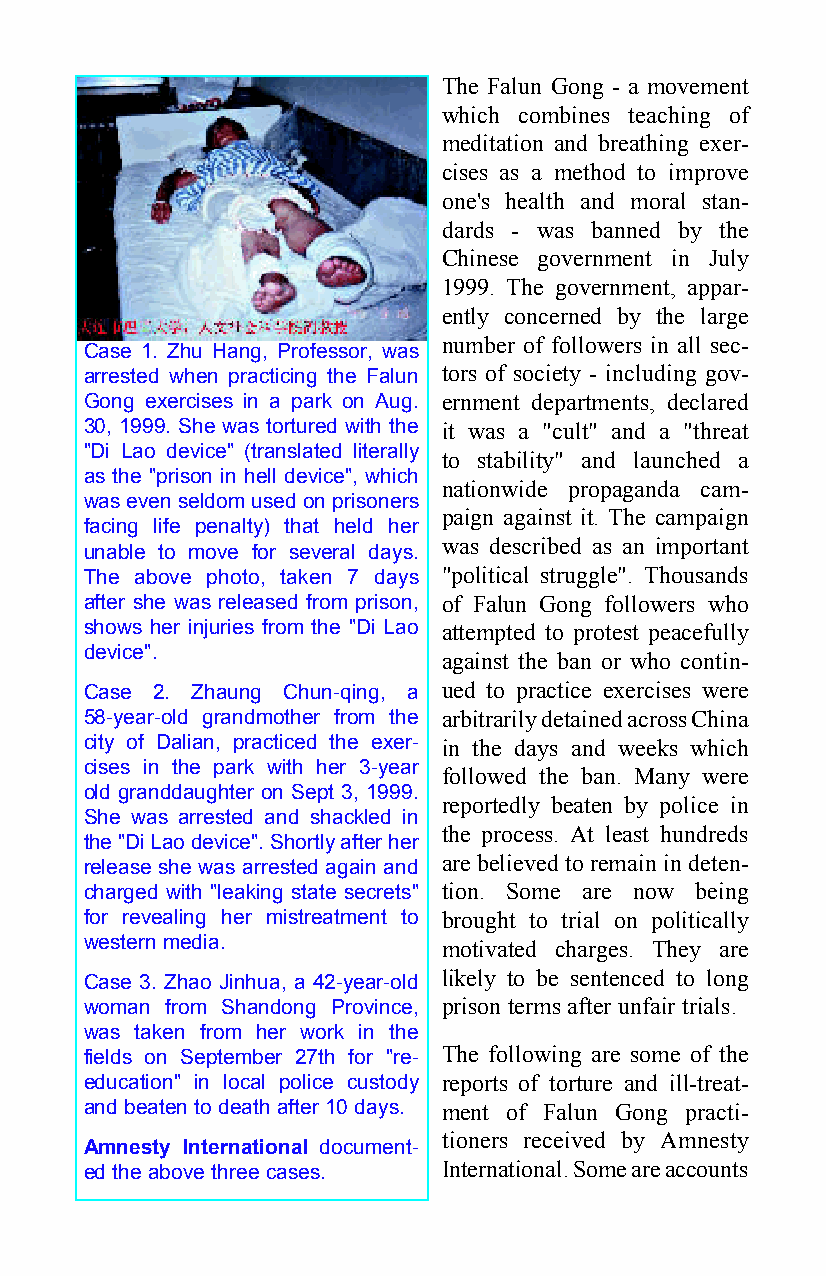
The Falun Gong - a movement
 which combines teaching of
 meditation and breathing exer-
 cises as a method to improve
 one's health and moral stan-
 dards - was banned by the
 Chinese government in July
 1999. The government, appar-
 ently concerned by the large
 number of followers in all sec-
 Case 1. Zhu Hang, Professor, was
 arrested when practicing the Falun tors of society - including gov-
 Gong exercises in a park on Aug. ernment departments, declared
 30, 1999. She was tortured with the it was a "cult" and a "threat
 "Di Lao device" (translated literally
 to stability" and launched a
 as the "prison in hell device", which
 nationwide propaganda cam-
 was even seldom used on prisoners
 paign against it. The campaign
 facing life penalty) that held her
 was described as an important
 unable to move for several days.
 The above photo, taken 7 days "political struggle". Thousands
 after she was released from prison, of Falun Gong followers who
 shows her injuries from the "Di Lao attempted to protest peacefully
 device".
 against the ban or who contin-
 Case 2. Zhaung Chun-qing, a ued to practice exercises were
 58-year-old grandmother from the arbitrarily detained across China
 city of Dalian, practiced the exer- in the days and weeks which
 cises in the park with her 3-year
 followed the ban. Many were
 old granddaughter on Sept 3, 1999.
 reportedly beaten by police in
 She was arrested and shackled in
 the process. At least hundreds
 the "Di Lao device". Shortly after her
 release she was arrested again and are believed to remain in deten-
 charged with "leaking state secrets" tion. Some are now being
 for revealing her mistreatment to brought to trial on politically
 western media.         motivated charges. They are
 Case 3. Zhao Jinhua, a 42-year-old likely to be sentenced to long
 woman from Shandong Province, prison terms after unfair trials.
 was taken from her work in the
 fields on September 27th for "re- The following are some of the
 education" in local police custody reports of torture and ill-treat-
 and beaten to death after 10 days. ment of Falun Gong practi-
 tioners received by Amnesty
 Amnesty International document-
 ed the above three cases. International. Some are accounts